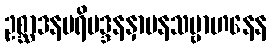
ဥစ္ဆာဒနပရိမဒ္ဒနနှာပနသမ္ဗာဟနေန